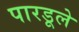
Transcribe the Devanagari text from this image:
पारडूले